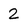
Character: 2